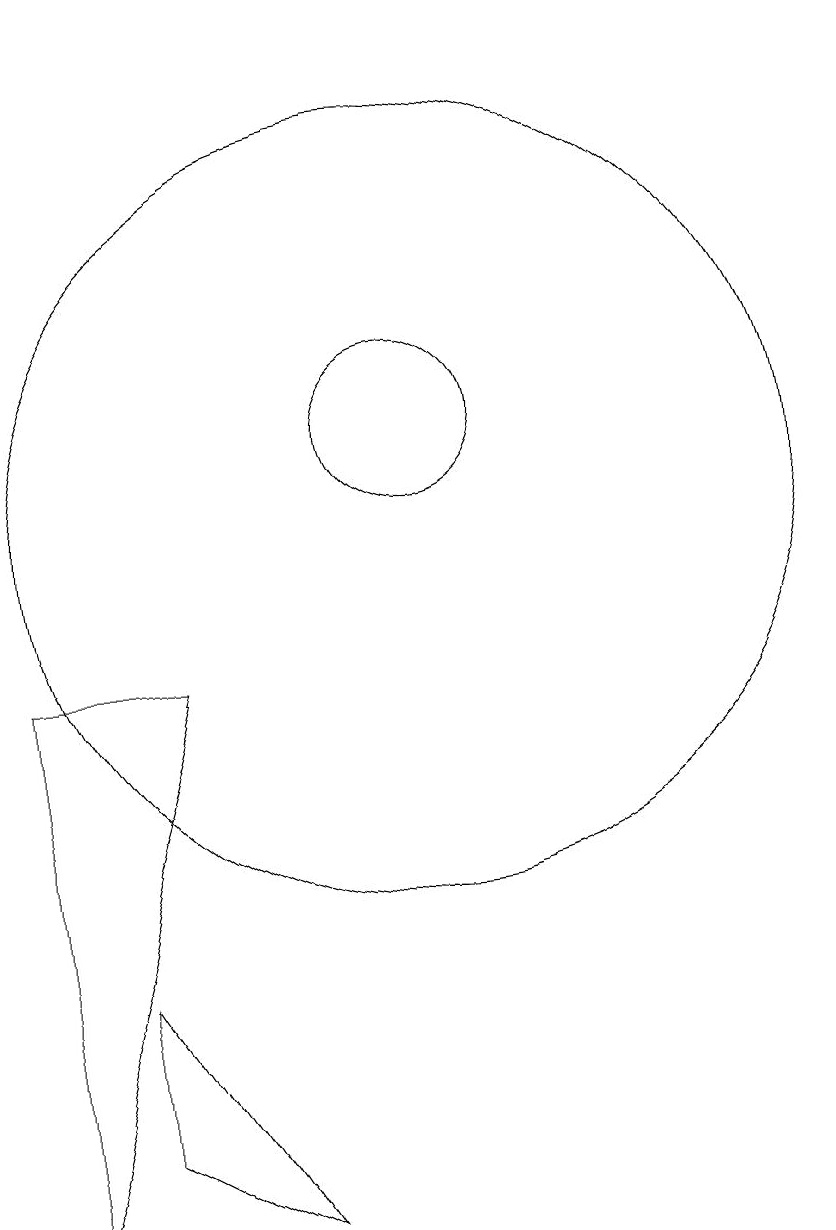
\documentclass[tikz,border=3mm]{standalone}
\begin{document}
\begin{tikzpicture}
\draw (11,10) circle (5);
\draw (9,1) -- (7,2) -- (7,4) -- cycle;
\draw (11,11) circle (1);
\draw (6,16) rectangle (6,13);
\draw (6,8) -- (6,1) -- (8,8) -- cycle;
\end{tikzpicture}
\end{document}